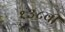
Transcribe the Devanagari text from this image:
१३८वी